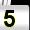
Digit: 5